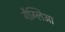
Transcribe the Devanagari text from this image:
गैग्लिआ